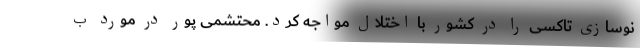
نوسازی تاکسی را در کشور با اختلال مواجه کرد. محتشمی پور در مورد ب